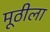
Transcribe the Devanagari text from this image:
मूठीला